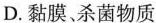
D.黏膜、杀菌物质